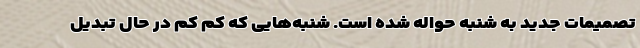
تصمیمات جدید به شنبه حواله شده است. شنبه‌هایی که کم کم در حال تبدیل